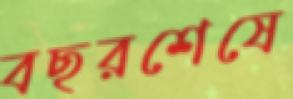
বছরশেষে